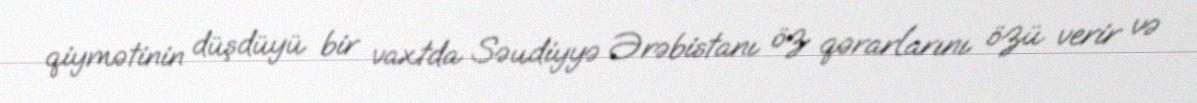
qiymətinin düşdüyü bir vaxtda Səudiyyə Ərəbistanı öz qərarlarını özü verir və